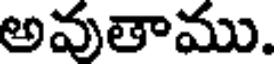
అవుతాము.